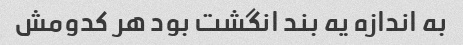
به اندازه یه بند انگشت بود هر کدومش